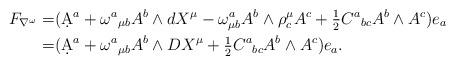
LaTeX: \begin{align*}F_{\nabla^\omega}=&(\d A^a+\omega^a{}_{\mu b}A^b\wedge dX^\mu-\omega^a_{\mu b}A^b\wedge \rho^\mu_c A^c+\tfrac{1}{2}C^a{}_{bc}A^b\wedge A^c)e_a\\=&(\d A^a+\omega^a{}_{\mu b}A^b\wedge DX^\mu+\tfrac{1}{2}C^a{}_{bc}A^b\wedge A^c)e_a.\end{align*}